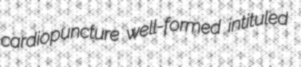
cardiopuncture well-formed intituled